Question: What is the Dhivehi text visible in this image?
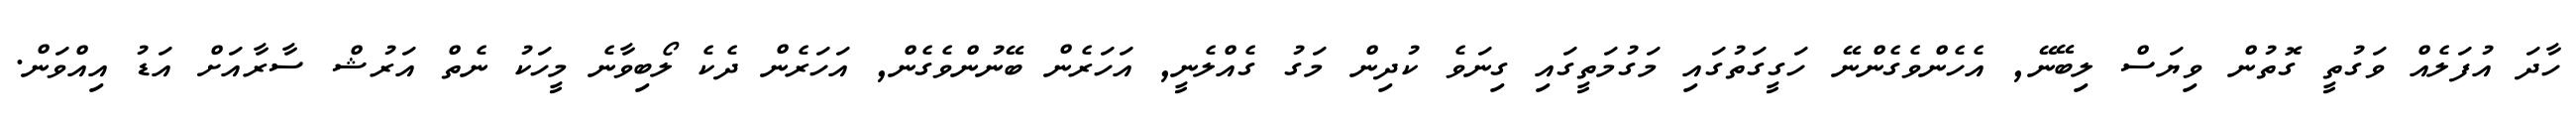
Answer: ހާދަ އުފަލެއް ވަގުތީ ގޮތުން ވިޔަސް ލިބޭނޭ, އެހެންވެގެންނޭ ހަގީގަތުގައި މަގުމަތީގައި ގިނަވެ ކުދިން މަގު ގެއްލެނީ, އަހަރެން ބޭނުންވެގެން, އަހަރެން ދެކެ ލޯބިވާނެ މީހަކު ނެތް އަރުޝް ސާރާއަށް އަޑު އިއްވަން.